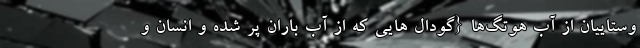
وستاییان از آب هوتگ‌ها {گودال هایی که از آب باران پر شده و انسان و